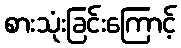
စားသုံးခြင်းကြောင့်